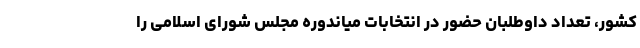
کشور، تعداد داوطلبان حضور در انتخابات میاندوره مجلس شورای اسلامی را